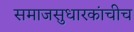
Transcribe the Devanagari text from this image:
समाजसुधारकांचीच